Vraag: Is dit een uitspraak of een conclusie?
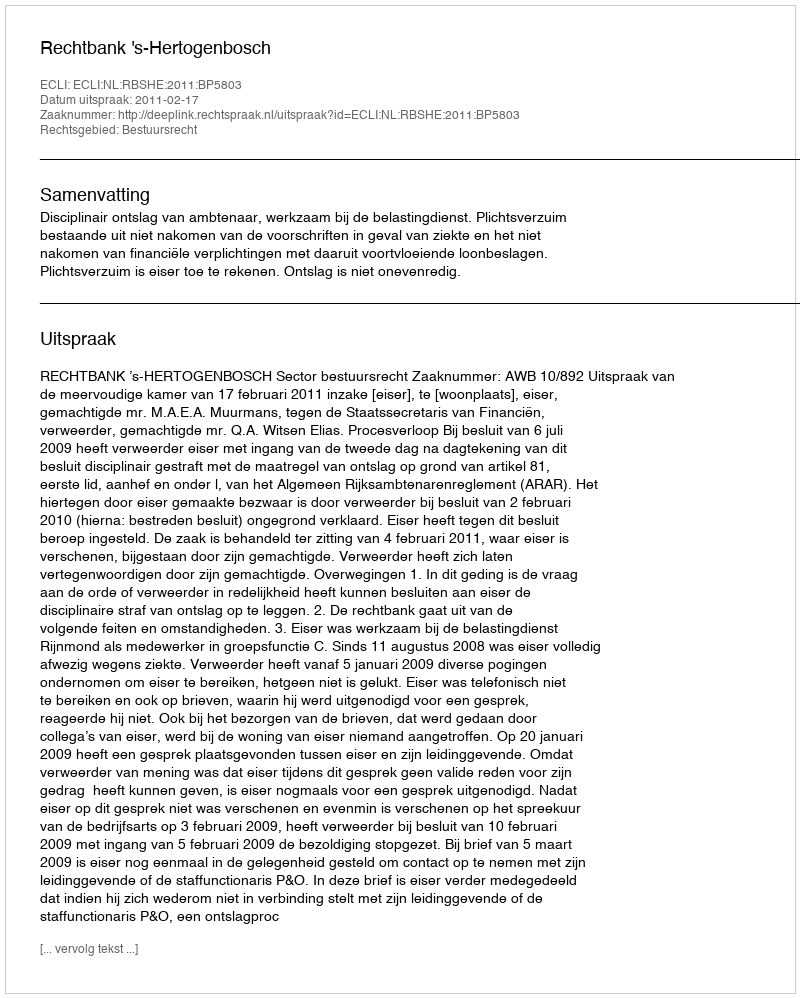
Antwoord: Uitspraak